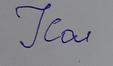
Signature authenticity: forged